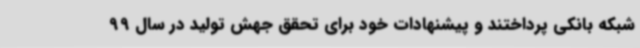
شبکه بانکی پرداختند و پیشنهادات خود برای تحقق جهش تولید در سال 99